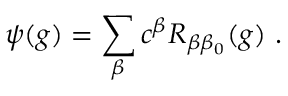
\psi ( g ) = \sum _ { \beta } c ^ { \beta } R _ { \beta \beta _ { 0 } } ( g ) ~ .